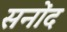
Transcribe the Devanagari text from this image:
सनोंद